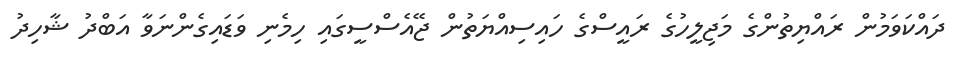
ދައްކަވަމުން ރައްޔިތުންގެ މަޖިލީހުގެ ރައީސްގެ ހައިސިއްޔަތުން ޖޭއެސްސީގައި ހިމެނި ވަޑައިގެންނަވާ އަބްދު ޝާހިދު